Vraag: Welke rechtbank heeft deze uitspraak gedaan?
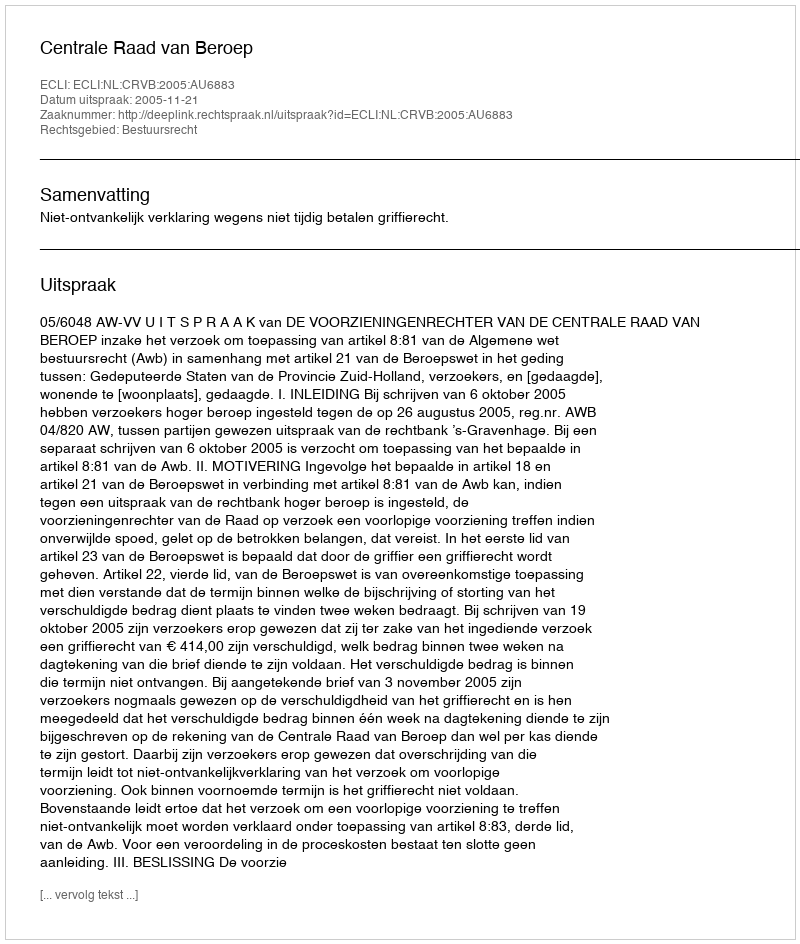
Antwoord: Centrale Raad van Beroep